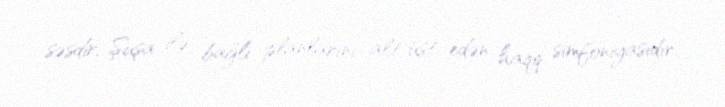
səsdir, Şuşa ilə bağlı planlarını alt-üst edən haqq simfoniyasıdır.